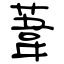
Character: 葦